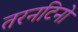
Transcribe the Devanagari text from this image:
तरनटिनो